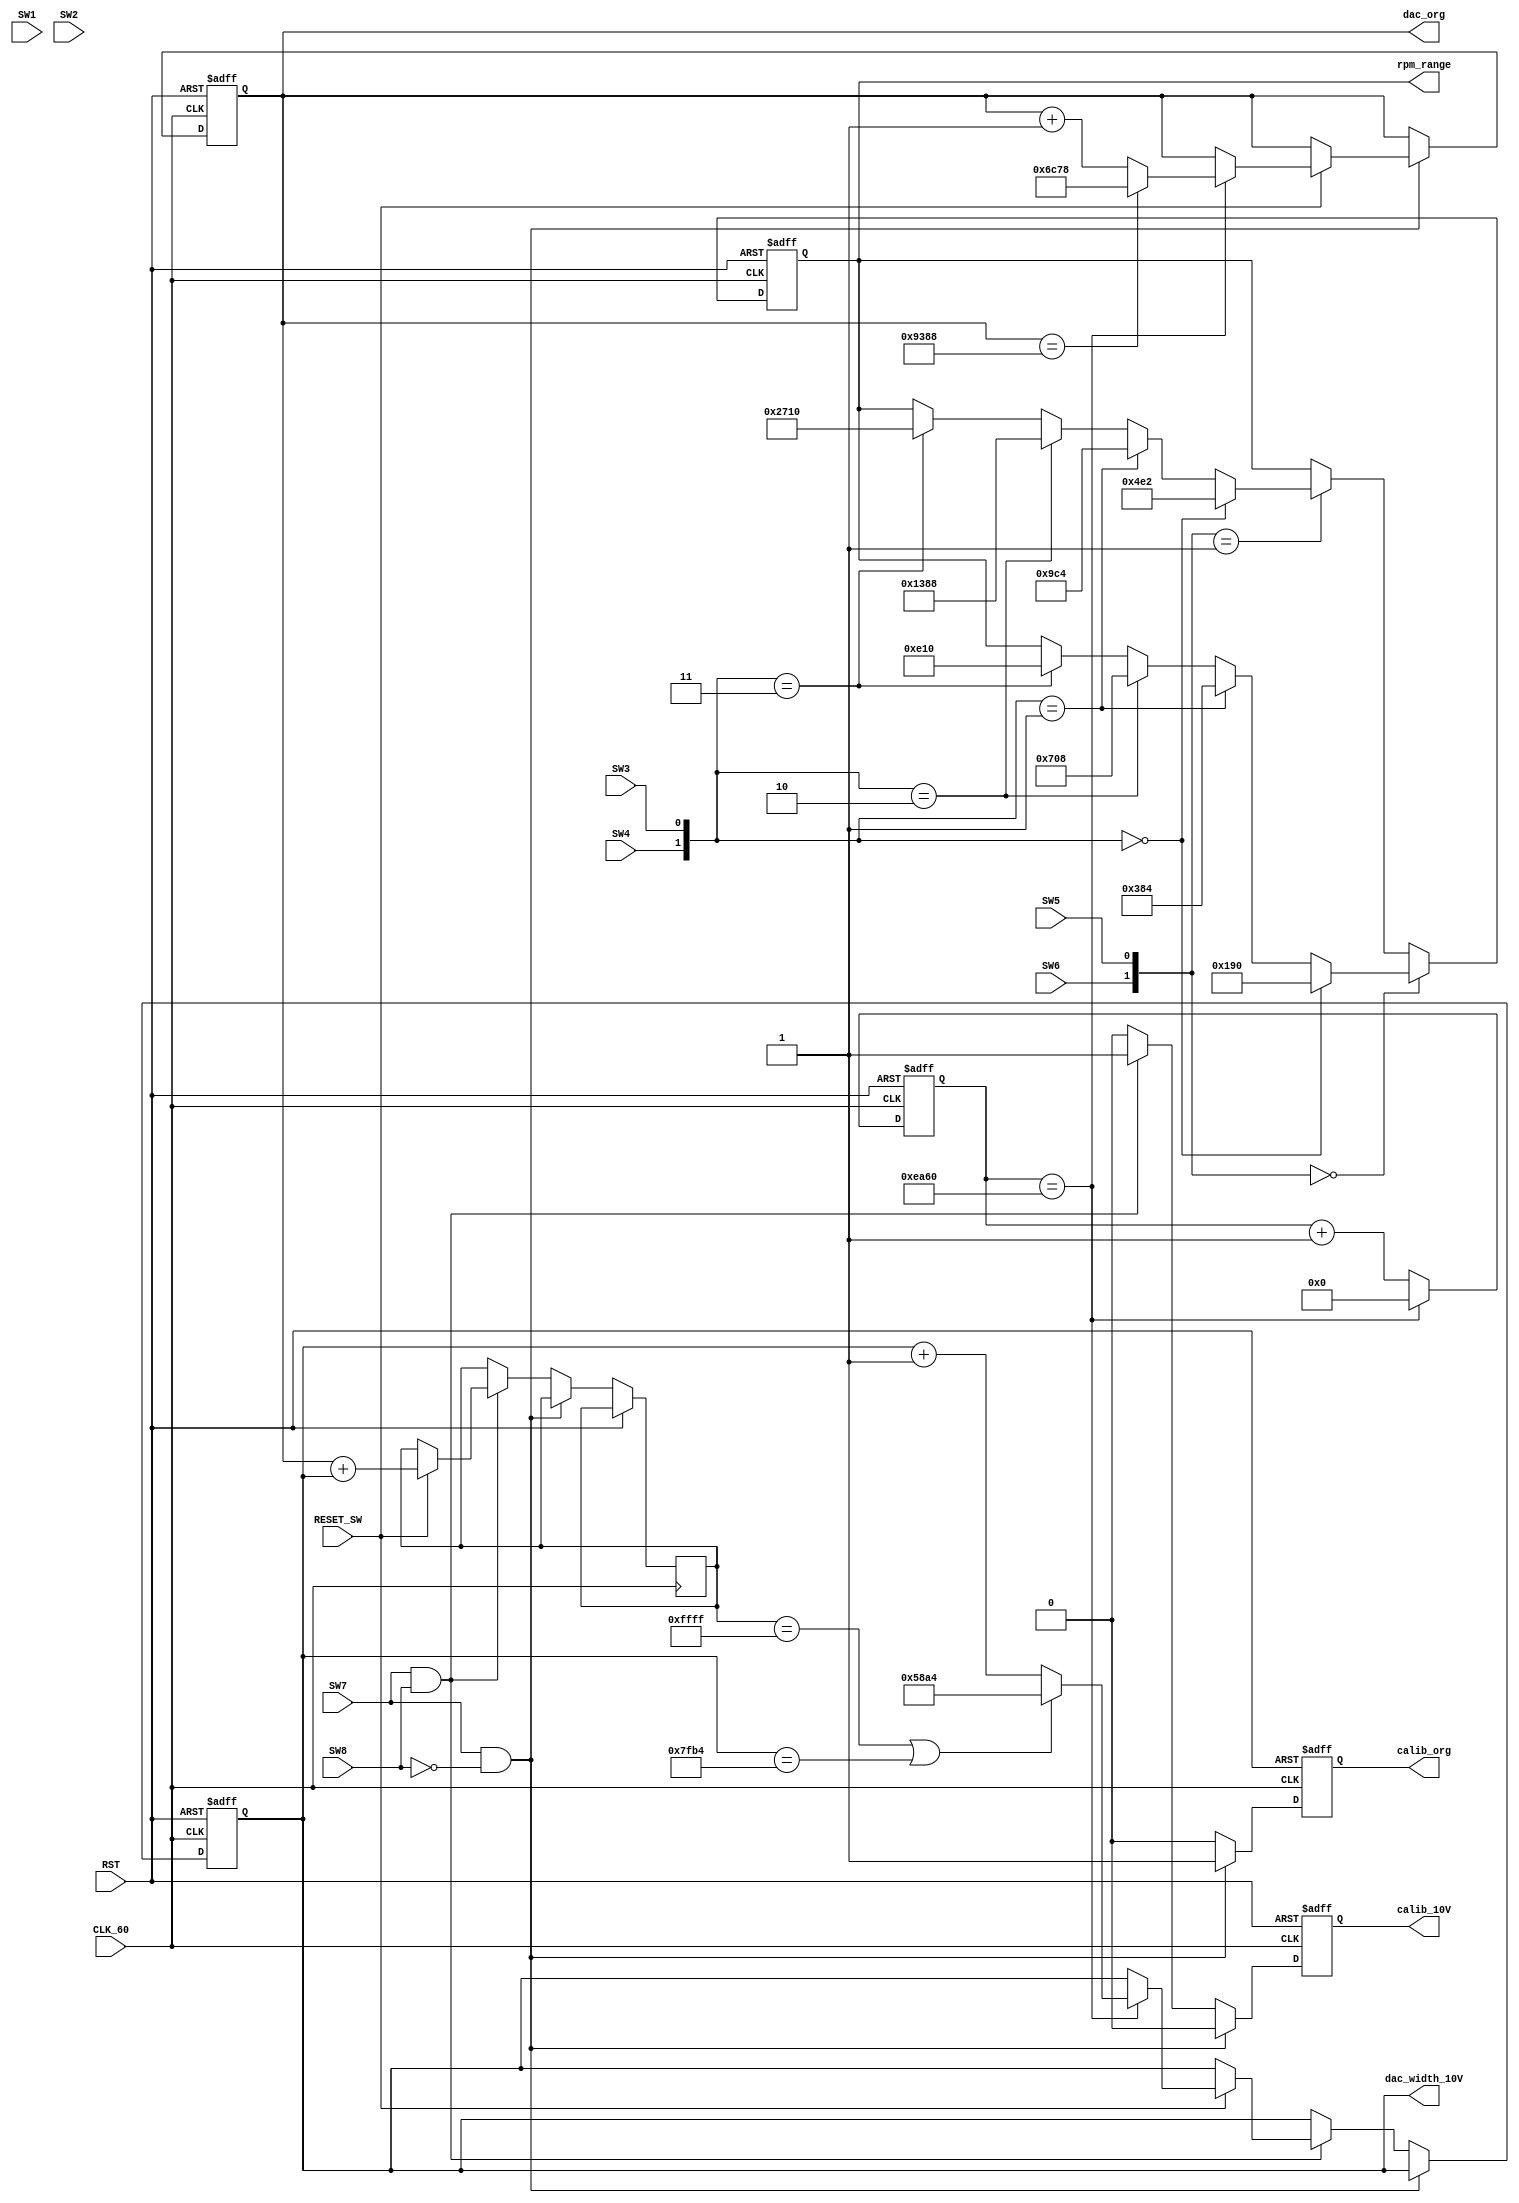
`timescale 1ns / 1ps
//////////////////////////////////////////////////////////////////////////////////
// Company: 
// Engineer: 
// 
// Design Name: 
// Module Name:    SW_state 
// Project Name: 
// Target Devices: 
// Tool versions: 
// Description: 
//
// Dependencies: 
//
// Revision: 
// Revision 0.01 - File Created
// Additional Comments: 
//
//////////////////////////////////////////////////////////////////////////////////
module SW_state(
	input CLK_60, RST,
	
	input SW1, input SW2, input SW3, input SW4,
	input SW5, input SW6, input SW7, input SW8,
	
	input RESET_SW,
	
	output reg [15:0]dac_org,
	output reg [15:0]dac_width_10V,
	output reg [15:0]rpm_range,
	
	output reg calib_org,
	output reg calib_10V
    );
	 
	reg [15:0]cnt;
	reg [16:0]test_10V;
	
	always @(posedge CLK_60 or posedge RST) begin
		if (RST) begin
			dac_org <= 16'h8000;
			dac_width_10V <= 27692;
			rpm_range <= 400;
			
			calib_org <= 0;
			calib_10V <= 0;
			
			cnt <= 0;
		end else begin
			if (cnt == 60000) begin //1000Hz
				cnt <= 0;
			end else begin
				cnt <= cnt + 1;
			end
			
			/*Lu[V*/
			if (SW7 & ~SW8) begin
				calib_org <= 1;
				calib_10V <= 0;
				
				if (RESET_SW) begin
					if (cnt == 60000) begin
						if (dac_org == 37768) begin //32768 + 5000
							dac_org <= 27768; //32768 - 5000
						end else begin
							dac_org <= dac_org + 1;
						end
					end
				end
			end else if (SW7 & SW8) begin
				calib_org <= 0;
				calib_10V <= 1;
			
				if (RESET_SW) begin					
					test_10V <= dac_org + dac_width_10V;
					if (cnt == 60000) begin
						if ((test_10V == 16'hffff) | (dac_width_10V == 32692)) begin //27692 + 5000
							dac_width_10V <= 22692; //27692 - 5000
						end else begin
							dac_width_10V <= dac_width_10V + 1;
						end
					end
				end
			end else begin
				calib_org <= 0;
				calib_10V <= 0;
			end
			
			/*2000pX or 1440pX*/
			if ({SW6, SW5} == 2'b00) begin				
				if ({SW4, SW3} == 2'b00) begin 
					rpm_range <= 400; //(1/2000)*(1/4500)*6M*60
				end else if ({SW4, SW3} == 2'b01) begin
					rpm_range <= 900; //(1/2000)*(1/2000)*6M*60
				end else if ({SW4, SW3} == 2'b10) begin
					rpm_range <= 1800; //(1/2000)*(1/1000)*6M*60
				end else if ({SW4, SW3} == 2'b11) begin
					rpm_range <= 3600; //(1/2000)*(1/500)*6M*60
				end
			end else if ({SW6, SW5} == 2'b01) begin				
				if ({SW4, SW3} == 2'b00) begin 
					rpm_range <= 1250; //(1/1440)*(1/2000)*6M*60
				end else if ({SW4, SW3} == 2'b01) begin
					rpm_range <= 2500; //(1/1440)*(1/1000)*6M*60
				end else if ({SW4, SW3} == 2'b10) begin
					rpm_range <= 5000; //(1/1440)*(1/500)*6M*60
				end else if ({SW4, SW3} == 2'b11) begin
					rpm_range <= 10000; //(1/1440)*(1/250)*6M*60
				end
			end
		end
	end

endmodule